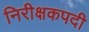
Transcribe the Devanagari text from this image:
निरीक्षकपदी